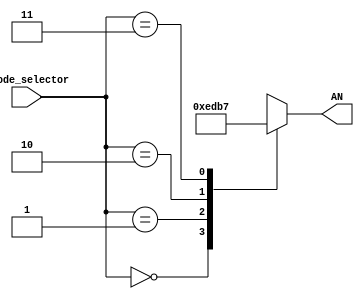
`timescale 1ns / 1ps


module anode_control(
    input [1:0] anode_selector,
    output reg [3:0] AN
    );
    
    initial begin
    AN = 4'b1111;
    end
    
    always @(anode_selector) begin
        case(anode_selector)
            2'b00: AN <= 4'b1110;
            2'b01: AN <= 4'b1101;
            2'b10: AN <= 4'b1011;
            2'b11: AN <= 4'b0111;
        endcase
    end
endmodule